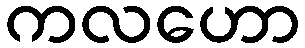
ကလဟော